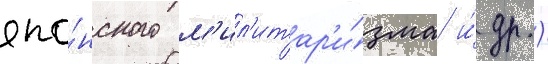
япо́нского м'ил'итар'и́зма и́ др.)